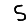
Digit: 5